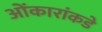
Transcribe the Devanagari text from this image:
ओंकारांकडे